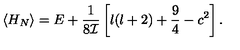
\langle H _ { N } \rangle = E + \frac { 1 } { 8 { \cal I } } \left[ l ( l + 2 ) + \frac { 9 } { 4 } - c ^ { 2 } \right] .